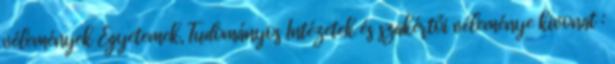
vélemények Egyetemek, Tudományos Intézetek és szakértői véleménye kivonat :